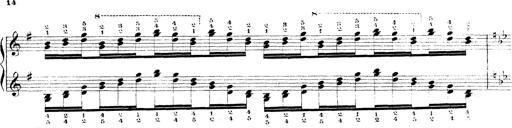
Title: Technische Studien
Composer: Franz Liszt